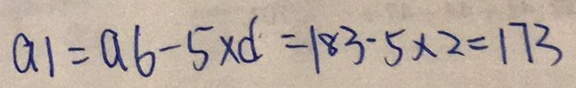
a 1 = a 6 - 5 \times d = 1 8 3 . 5 \times 2 = 1 7 3